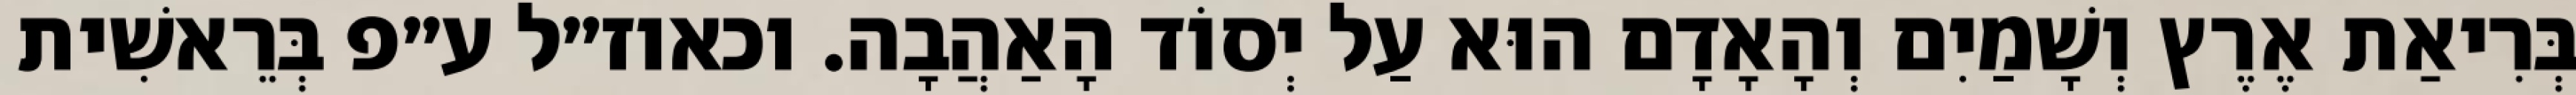
בְּרִיאַת אֶרֶץ וְשָׁמַיִם וְהָאָדָם הוּא עַל יְסוֹד הָאַהֲבָה. וכאוז״ל ע״פ בְּרֵאשִׁית